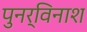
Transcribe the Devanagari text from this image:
पुनर्विनाश